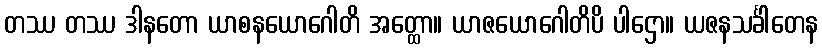
တဿ တဿ ဒါနတော ယာစနယောဂေါတိ အတ္ထော။ ယာဇယောဂေါတိပိ ပါဌော။ ယဇနသင်္ခါတေန